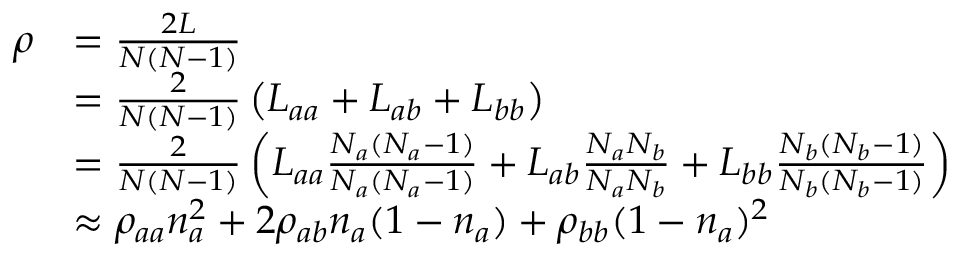
\begin{array} { r l } { \rho } & { = \frac { 2 L } { N ( N - 1 ) } } \\ & { = \frac { 2 } { N ( N - 1 ) } \left( L _ { a a } + L _ { a b } + L _ { b b } \right) } \\ & { = \frac { 2 } { N ( N - 1 ) } \left( L _ { a a } \frac { N _ { a } ( N _ { a } - 1 ) } { N _ { a } ( N _ { a } - 1 ) } + L _ { a b } \frac { N _ { a } N _ { b } } { N _ { a } N _ { b } } + L _ { b b } \frac { N _ { b } ( N _ { b } - 1 ) } { N _ { b } ( N _ { b } - 1 ) } \right) } \\ & { \approx \rho _ { a a } n _ { a } ^ { 2 } + 2 \rho _ { a b } n _ { a } ( 1 - n _ { a } ) + \rho _ { b b } ( 1 - n _ { a } ) ^ { 2 } } \end{array}